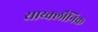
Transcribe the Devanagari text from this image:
साय्क्लौनिक